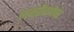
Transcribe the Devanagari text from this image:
लक्झेंबर्गवर